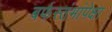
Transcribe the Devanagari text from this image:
बर्फस्तंभांपेक्षा